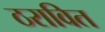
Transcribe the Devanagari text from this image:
ठरावित